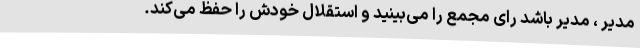
مدیر ، مدیر باشد رای مجمع را می‌بینید و استقلال خودش را حفظ می‌کند.